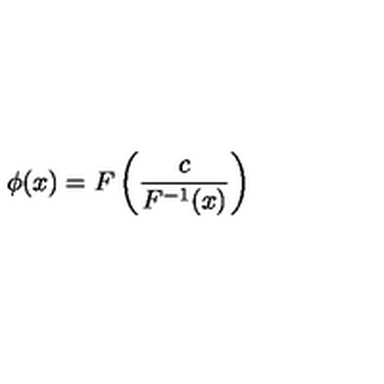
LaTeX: \phi ( x ) = F \left( \frac { c } { F ^ { - 1 } ( x ) } \right)